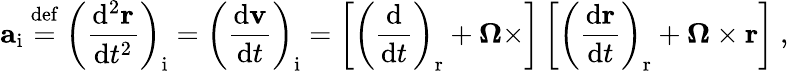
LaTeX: \mathbf{a}_{\mathrm{i}}\ {\stackrel{\mathrm{def}}{=}}\ \left({\frac{\mathrm{d}^{2}\mathbf{r}}{\mathrm{d}t^{2}}}\right)_{\mathrm{i}}=\left({\frac{\mathrm{d}\mathbf{v}}{\mathrm{d}t}}\right)_{\mathrm{i}}=\left[\left({\frac{\mathrm{d}}{\mathrm{d}t}}\right)_{\mathrm{r}}+{\boldsymbol{\Omega}}\times\right]\left[\left({\frac{\mathrm{d}\mathbf{r}}{\mathrm{d}t}}\right)_{\mathrm{r}}+{\boldsymbol{\Omega}}\times\mathbf{r}\right]\ ,